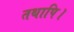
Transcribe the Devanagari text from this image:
तथापि।